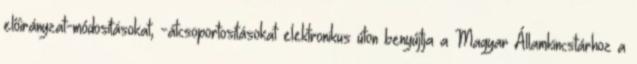
előirányzat-módosításokat, -átcsoportosításokat elektronikus úton benyújtja a Magyar Államkincstárhoz a